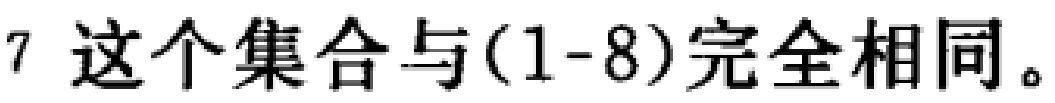
这个集合与(1-8)完全相同。